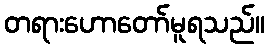
တရားဟောတော်မူရသည်။